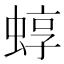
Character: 蜳